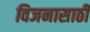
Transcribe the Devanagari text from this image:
विजनासाठी